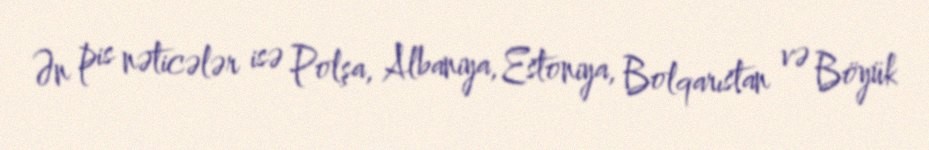
Ən pis nəticələr isə Polşa, Albaniya, Estoniya, Bolqarıstan və Böyük